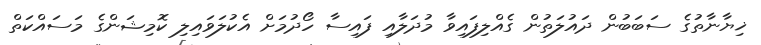
ޚިޔާނާތުގެ ސަބަބުން ދައުލަތުން ގެއްލިފައިވާ މުދަލާއި ފައިސާ ހޯދުމަށް އެކުލަވައިލި ކޮމިޝަންގެ މަސައްކަތް